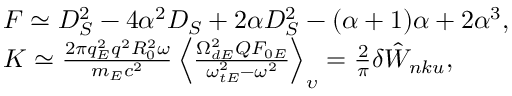
\begin{array} { r l } & { F \simeq D _ { S } ^ { 2 } - 4 \alpha ^ { 2 } D _ { S } + 2 \alpha D _ { S } ^ { 2 } - ( \alpha + 1 ) \alpha + 2 \alpha ^ { 3 } , } \\ & { K \simeq \frac { 2 \pi q _ { E } ^ { 2 } q ^ { 2 } R _ { 0 } ^ { 2 } \omega } { m _ { E } c ^ { 2 } } \left\langle \frac { \Omega _ { d E } ^ { 2 } Q F _ { 0 E } } { \omega _ { t E } ^ { 2 } - \omega ^ { 2 } } \right\rangle _ { \upsilon } = \frac { 2 } { \pi } \delta { \hat { W } } _ { n k u } , } \end{array}